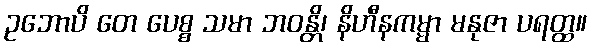
ဥဘောပိ တေ ပေစ္စ သမာ ဘဝန္တိ၊ နိဟီနကမ္မာ မနုဇာ ပရတ္ထ။